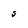
Character: S